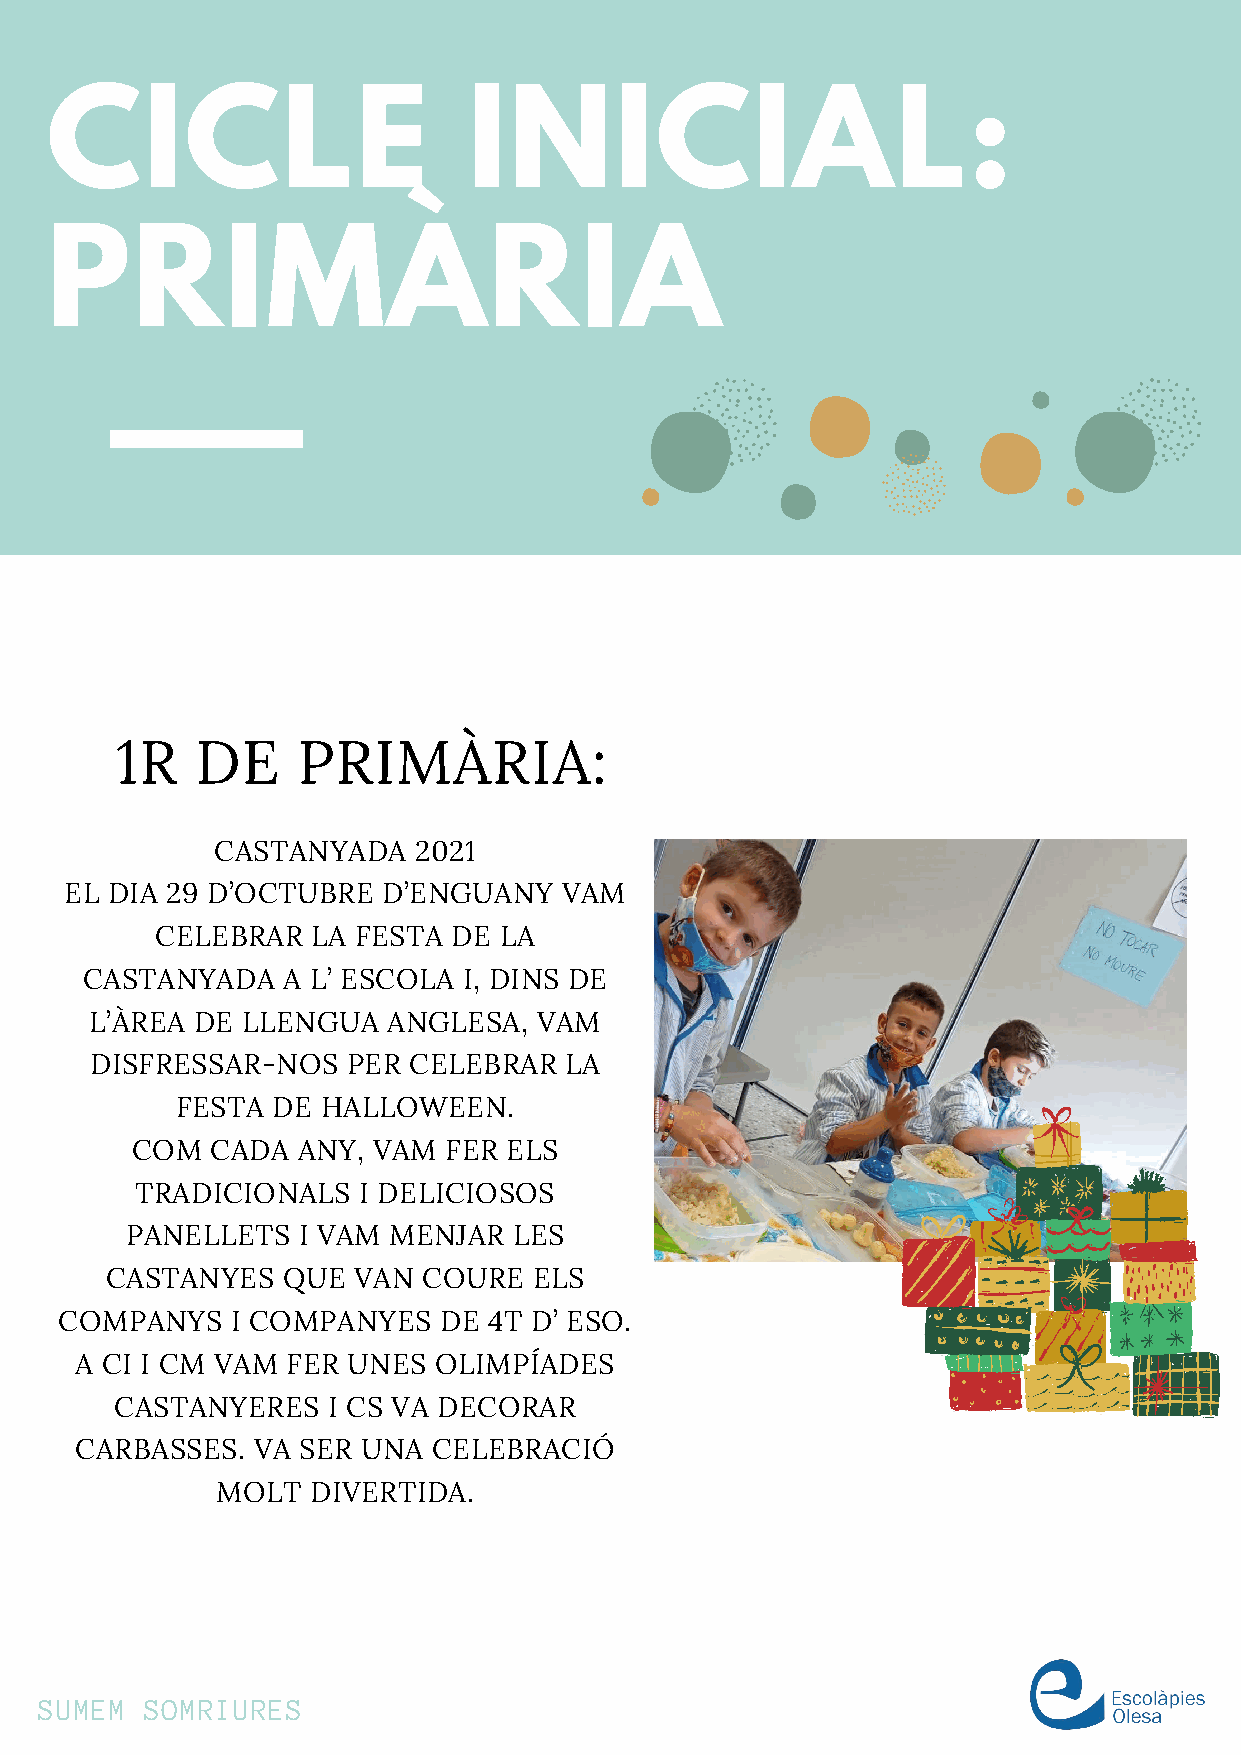
CICLE                       INICIAL:
 PRIMÀRIA
 1R   DE     PRIMÀRIA:
 CASTANYADA   2021
 EL DIA 29 D’OCTUBRE  D’ENGUANY   VAM
 CELEBRAR   LA FESTA DE LA
 CASTANYADA    A L’ ESCOLA I, DINS DE
 L’ÀREA DE LLENGUA   ANGLESA,  VAM
 DISFRESSAR-NOS   PER CELEBRAR  LA
 FESTA DE HALLOWEEN.
 COM  CADA  ANY, VAM FER  ELS
 TRADICIONALS   I DELICIOSOS
 PANELLETS   I VAM MENJAR  LES
 CASTANYES   QUE VAN  COURE  ELS
 COMPANYS   I COMPANYES   DE 4T D’ ESO.
 A CI I CM VAM FER UNES  OLIMPÍADES
 CASTANYERES   I CS VA DECORAR
 CARBASSES.  VA SER UNA  CELEBRACIÓ
 MOLT   DIVERTIDA.
 SUMEM  SOMRIURES